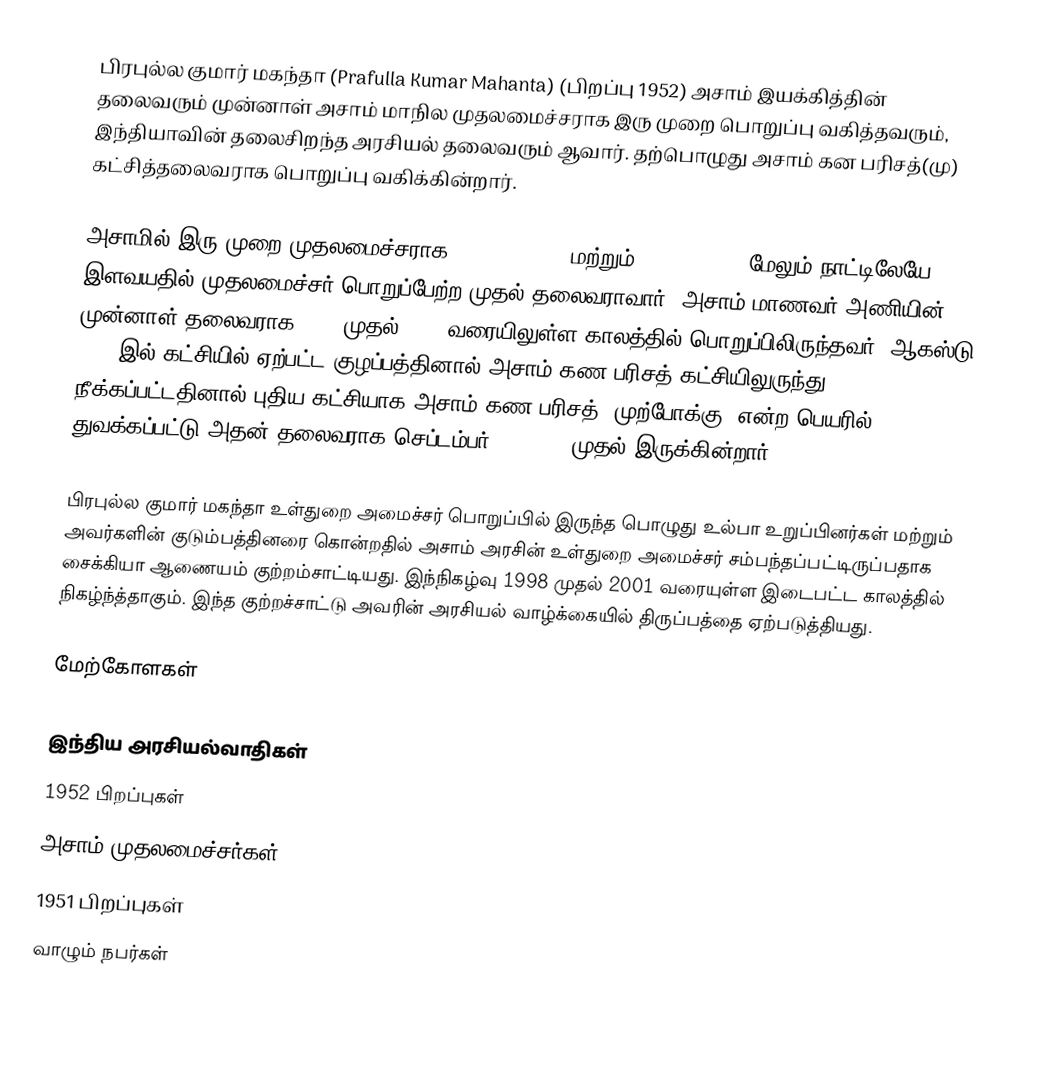
பிரபுல்ல குமார் மகந்தா (Prafulla Kumar Mahanta) (பிறப்பு 1952) அசாம் இயக்கித்தின் தலைவரும் முன்னாள் அசாம் மாநில முதலமைச்சராக இரு முறை பொறுப்பு வகித்தவரும், இந்தியாவின் தலைசிறந்த அரசியல் தலைவரும் ஆவார். தற்பொழுது அசாம் கன பரிசத்(மு) கட்சித்தலைவராக பொறுப்பு வகிக்கின்றார்.

அசாமில் இரு முறை முதலமைச்சராக , (1985-1990) மற்றும் (1996-2001), மேலும் நாட்டிலேயே இளவயதில் முதலமைச்சர் பொறுப்பேற்ற முதல் தலைவராவார். அசாம் மாணவர் அணியின் முன்னாள் தலைவராக 1979 முதல் 1985 வரையிலுள்ள காலத்தில் பொறுப்பிலிருந்தவர். ஆகஸ்டு 2005 இல் கட்சியில் ஏற்பட்ட குழப்பத்தினால் அசாம் கண பரிசத் கட்சியிலுருந்து நீக்கப்பட்டதினால் புதிய கட்சியாக அசாம் கண பரிசத் (முற்போக்கு) என்ற பெயரில் துவக்கப்பட்டு அதன் தலைவராக செப்டம்பர் 15, 2005 முதல்  இருக்கின்றார்.

பிரபுல்ல குமார் மகந்தா உள்துறை அமைச்சர் பொறுப்பில் இருந்த பொழுது உல்பா உறுப்பினர்கள் மற்றும் அவர்களின் குடும்பத்தினரை கொன்றதில் அசாம் அரசின் உள்துறை அமைச்சர் சம்பந்தப்பட்டிருப்பதாக சைக்கியா ஆணையம்  குற்றம்சாட்டியது. இந்நிகழ்வு 1998 முதல் 2001 வரையுள்ள இடைபட்ட காலத்தில் நிகழ்ந்த்தாகும். இந்த குற்றச்சாட்டு அவரின் அரசியல் வாழ்க்கையில் திருப்பத்தை ஏற்படுத்தியது.

மேற்கோளகள்

இந்திய அரசியல்வாதிகள்
1952 பிறப்புகள்
அசாம் முதலமைச்சர்கள்
1951 பிறப்புகள்
வாழும் நபர்கள்